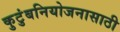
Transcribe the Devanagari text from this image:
कुटुंबनियोजनासाठी